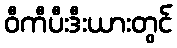
ဝီကီပီးဒီးယားတွင်